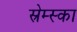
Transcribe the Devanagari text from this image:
स्रेम्स्का